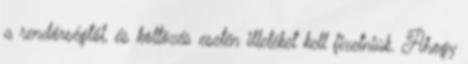
a rendőrségtől, és költözés esetén illetéket kell fizetniük. Ahogy